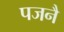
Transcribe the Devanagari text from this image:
पजनै